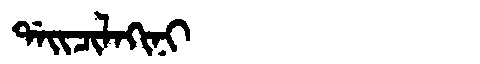
Manchu: ᡩᠠᡳᠴᡳᠯᠠᡴᡳᠨᡳ
Romanization: DAICILAKINI